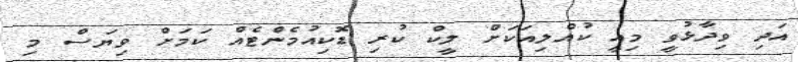
އަދި ވިދާޅުވީ މިއީ ކުއްލިއަކަށް ލީކް ކުރި ޑޮކިއުމެންޓެއް ކަމަށް ވިޔަސް މި